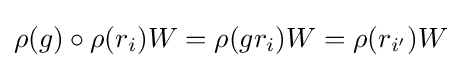
\rho (g)\circ \rho (r_{i})W=\rho (gr_{i})W=\rho (r_{i'})W